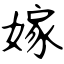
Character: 嫁